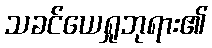
သခင်ယေရှုဘုရား၏